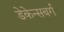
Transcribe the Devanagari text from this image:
डेकेन्सबर्ग